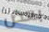
بعض